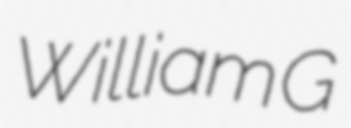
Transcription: William G